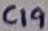
Text: C19